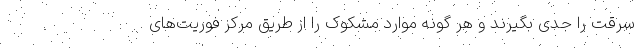
سرقت را جدی بگیرند و هر گونه موارد مشکوک را از طریق مرکز فوریت‌های